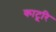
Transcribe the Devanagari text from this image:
काटूरि